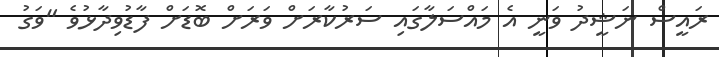
ރައީސް ނަޝީދު ވަނީ އެ މައްސަލާގައި ސަރުކާރަށް ވަރަށް ބޮޑަށް ފާޑުވިދާޅުވެ "ވަގު